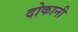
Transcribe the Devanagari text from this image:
दोकानी